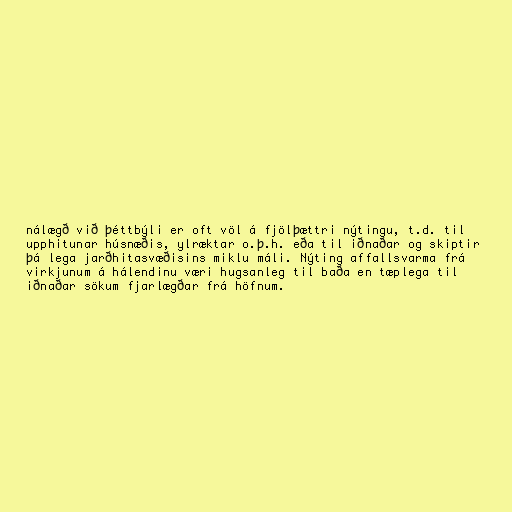
nálægð við þéttbýli er oft völ á fjölþættri nýtingu, t.d. til
upphitunar húsnæðis, ylræktar o.þ.h. eða til iðnaðar og skiptir
þá lega jarðhitasvæðisins miklu máli. Nýting affallsvarma frá
virkjunum á hálendinu væri hugsanleg til baða en tæplega til
iðnaðar sökum fjarlægðar frá höfnum.